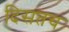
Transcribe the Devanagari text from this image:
दिसतच